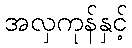
အလှကုန်နှင့်